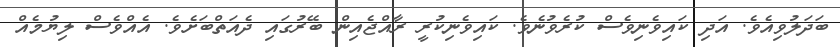
ބަދަލުވިއެވެ. އަދި ކައިވެނިވެސް ކުރެވުނެވެ. ކައިވެނިކުރީ ރާއްޖެއިން ބޭރުގައި ދެއަތްބަށެވެ. އެއްވެސް ލިޔުމެއް